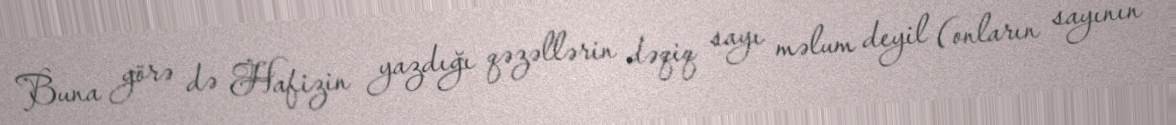
Buna görə də Hafizin yazdığı qəzəllərin dəqiq sayı məlum deyil (onların sayının